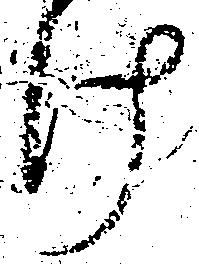
け